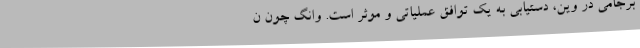
برجامی در وین، دستیابی به یک توافق عملیاتی و موثر است. وانگ چون ن